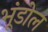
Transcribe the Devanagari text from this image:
भूंडोल